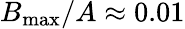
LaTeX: B_{\operatorname*{max}}/A\approx 0.01